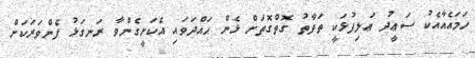
ހަމައެއާއެކު ސަޢީދު ޢަލިފުޅަކީ ތަފާތު ގޮތްގޮތަށް ޅެން ހައްދަވައި އެކަށީގެންވާ ރަނގަޅު ފެންވަރަކަށް